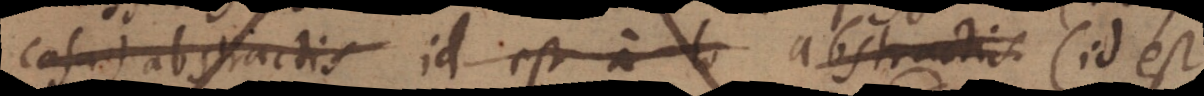
casu) abstractis id est a lo abstractis (id est